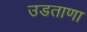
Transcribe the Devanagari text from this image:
उडताणा